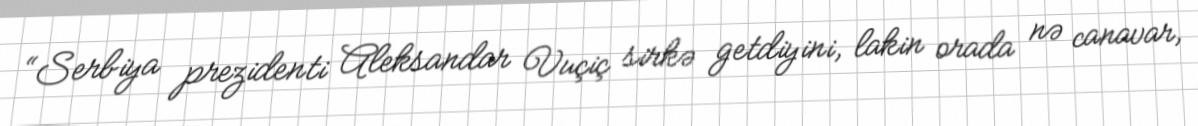
“Serbiya prezidenti Aleksandar Vuçiç sirkə getdiyini, lakin orada nə canavar,